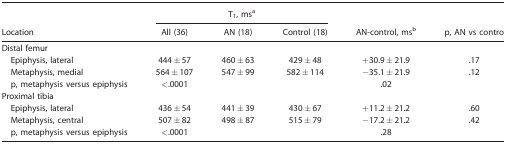
|  | <COLSPAN=3> T1, msa |  |  |
 | Location | All (36) | AN (18) | Control (18) | AN-control, msb | p, AN vs contro |
 | --- | --- | --- | --- | --- | --- |
 | <COLSPAN=6> Distal femur |
 | Epiphysis, lateral | 444 ± 57 | 460 ± 63 | 429 ± 48 | +30.9 ± 21.9 | .17 |
 | Metaphysis, medial | 564 ± 107 | 547 ± 99 | 582 ± 114 | −35.1 ± 21.9 | .12 |
 | p, metaphysis versus epiphysis | <.0001 |  |  | .02 |  |
 | <COLSPAN=6> Proximal tibia |
 | Epiphysis, lateral | 436 ± 54 | 441 ± 39 | 430 ± 67 | +11.2 ± 21.2 | .60 |
 | Metaphysis, central | 507 ± 82 | 498 ± 87 | 515 ± 79 | −17.2 ± 21.2 | .42 |
 | p, metaphysis versus epiphysis | <.0001 |  |  | .28 |  |